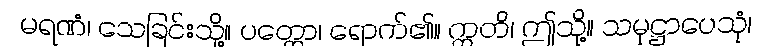
မရဏံ၊ သေခြင်းသို့။ ပတ္တော၊ ရောက်၏။ ဣတိ၊ ဤသို့။ သမုဋ္ဌာပေသုံ၊